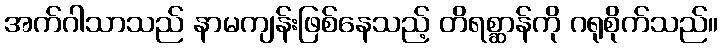
အက်ဂါသာသည် နာမကျန်းဖြစ်နေသည့် တိရစ္ဆာန်ကို ဂရုစိုက်သည်။